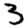
Digit: 3